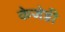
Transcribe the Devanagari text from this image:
केजेडी